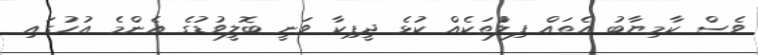
ވެސް ކާމިޔާބު އެތައް ފިލްުތަކެއް ކުޅެ ދީޕިކާ ވަނީ ބޮލީވުޑުގެ އެންމެ އުހުގައި